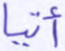
أتيا